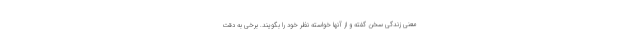
معنی زندگی سخن گفته و از آنها خواسته نظر خود را بگویند. برخی به دقت